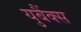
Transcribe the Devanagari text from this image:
युबैंक्स